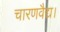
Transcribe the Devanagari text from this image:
चारणवैद्य।